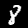
Digit: 8